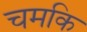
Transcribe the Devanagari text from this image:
चमकि